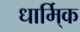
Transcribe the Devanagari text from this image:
धार्मि्क